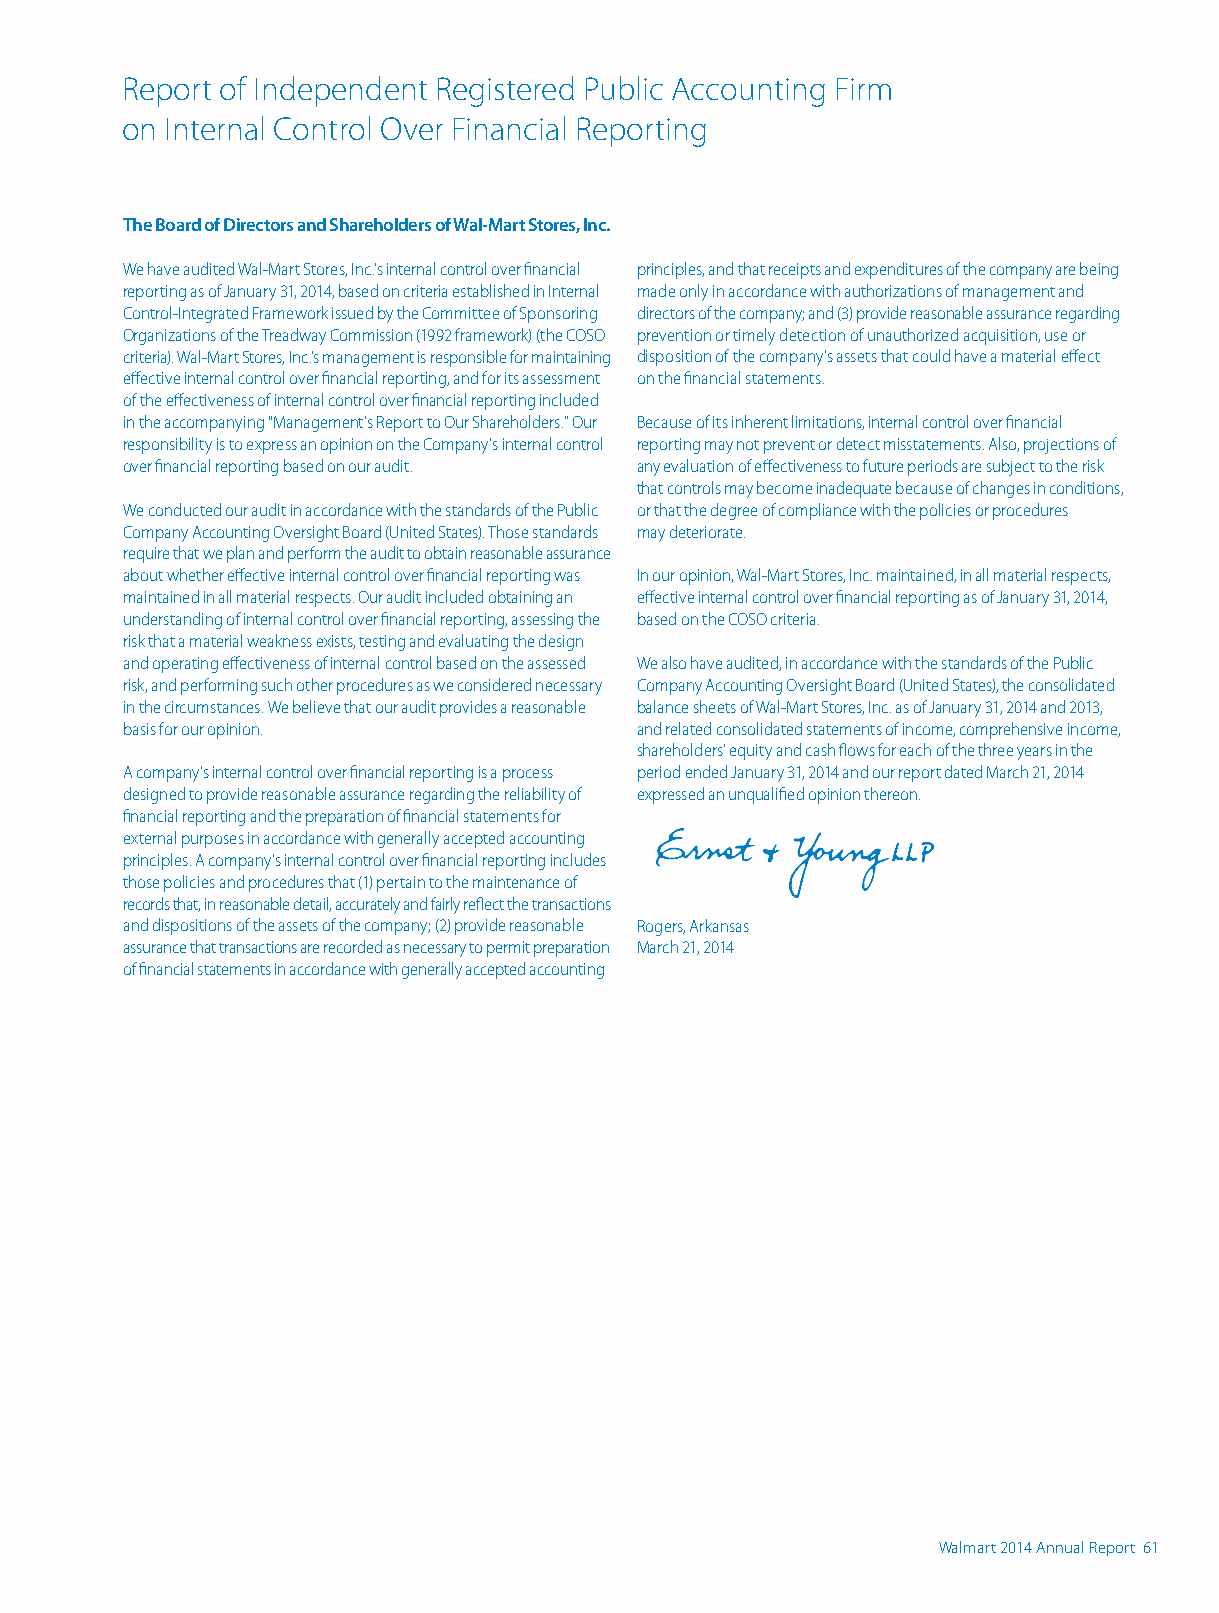
Report of Independent Registered Public Accounting Firm
 on Internal Control Over Financial Reporting
 The Board of Directors and Shareholders of Wal-Mart Stores, Inc.
 We have audited Wal-Mart Stores, Inc.’s internal control over financial principles, and that receipts and expenditures of the company are being
 reporting as of January 31, 2014, based on criteria established in Internal made only in accordance with authorizations of management and
 Control-Integrated Framework issued by the Committee of Sponsoring directors of the company; and (3) provide reasonable assurance regarding
 Organizations of the Treadway Commission (1992 framework) (the COSO prevention or timely detection of unauthorized acquisition, use or
 criteria). Wal-Mart Stores, Inc.’s management is responsible for maintaining disposition of the company’s assets that could have a material effect
 effective internal control over financial reporting, and for its assessment on the financial statements.
 of the effectiveness of internal control over financial reporting included
 in the accompanying “Management’s Report to Our Shareholders.” Our Because of its inherent limitations, internal control over financial
 responsibility is to express an opinion on the Company’s internal control reporting may not prevent or detect misstatements. Also, projections of
 over financial reporting based on our audit. any evaluation of effectiveness to future periods are subject to the risk
 that controls may become inadequate because of changes in conditions,
 We conducted our audit in accordance with the standards of the Public or that the degree of compliance with the policies or procedures
 Company Accounting Oversight Board (United States). Those standards may deteriorate.
 require that we plan and perform the audit to obtain reasonable assurance
 about whether effective internal control over financial reporting was In our opinion, Wal-Mart Stores, Inc. maintained, in all material respects,
 maintained in all material respects. Our audit included obtaining an effective internal control over financial reporting as of January 31, 2014,
 understanding of internal control over financial reporting, assessing the based on the COSO criteria.
 risk that a material weakness exists, testing and evaluating the design
 and operating effectiveness of internal control based on the assessed We also have audited, in accordance with the standards of the Public
 risk, and performing such other procedures as we considered necessary Company Accounting Oversight Board (United States), the consolidated
 in the circumstances. We believe that our audit provides a reasonable balance sheets of Wal-Mart Stores, Inc. as of January 31, 2014 and 2013,
 basis for our opinion.            and related consolidated statements of income, comprehensive income,
 shareholders’ equity and cash flows for each of the three years in the
 A company’s internal control over financial reporting is a process period ended January 31, 2014 and our report dated March 21, 2014
 designed to provide reasonable assurance regarding the reliability of expressed an unqualified opinion thereon.
 financial reporting and the preparation of financial statements for
 external purposes in accordance with generally accepted accounting
 principles. A company’s internal control over financial reporting includes
 those policies and procedures that (1) pertain to the maintenance of
 records that, in reasonable detail, accurately and fairly reflect the transactions
 and dispositions of the assets of the company; (2) provide reasonable Rogers, Arkansas
 assurance that transactions are recorded as necessary to permit preparation March 21, 2014
 of financial statements in accordance with generally accepted accounting
 60 Walmart 2014 Annual Report                                 Walmart 2014 Annual Report 61